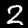
Label: 2